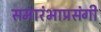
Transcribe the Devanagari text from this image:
समारंभाप्रसंगी